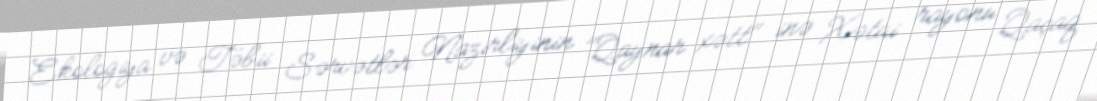
Ekologiya və Təbii Sərvətlər Nazirliyinin "Qaynar xətt" inə Xətai rayonu Qaçaq